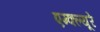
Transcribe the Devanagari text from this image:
एम्क्ल्यूरे